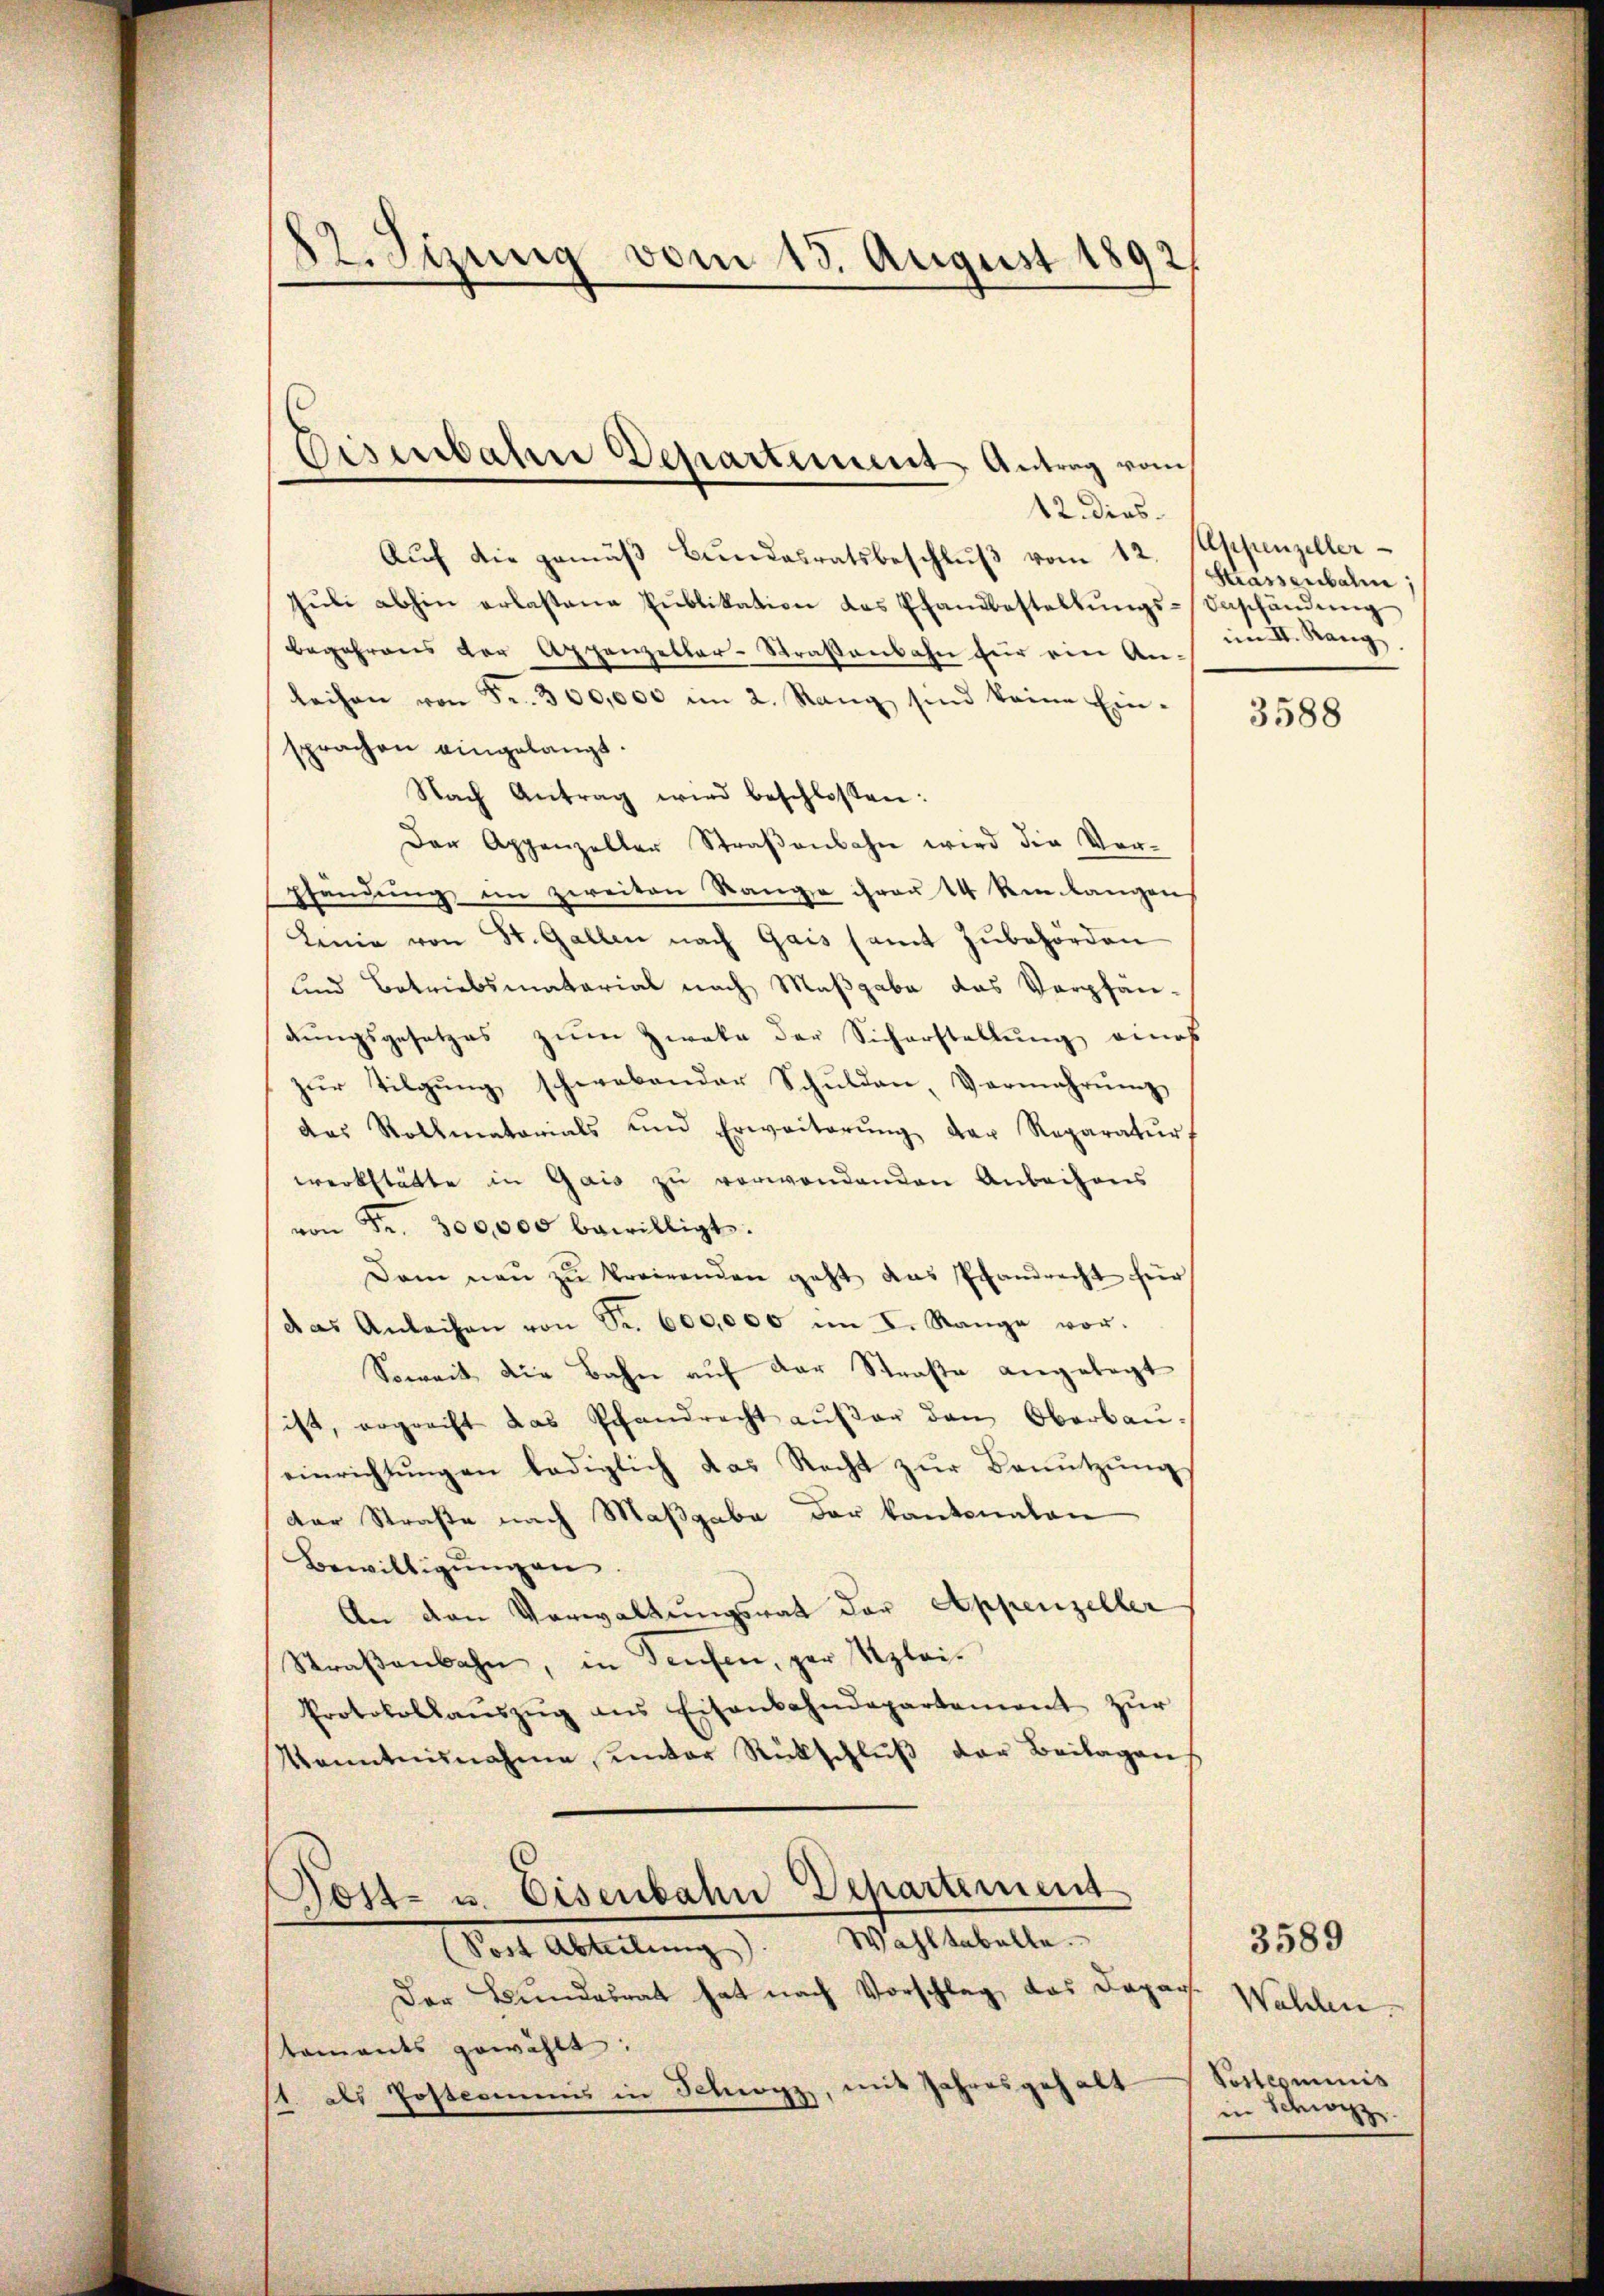
82. Sizung vom 13. August 1892

12. dies
Aŭf die gemäβ Bŭndesratsbeschlŭβ vom 12.
Jŭli abhin erlassene Pŭblikation des Pfandbestellŭngs-Beschändŭng
begehrens der Appenzellar-Straßenbahn für ein Anleihen von Fr. 300,000 im 2. Rang sind keine Ein-
sprachen eingelangt.
Nach Antrag wird beschlossen:
Der Appenzeller Straβenbahn wird die Vor-
pfändung, im zweiten Range ihren 14 Senlangen
Lenia von St. Gallen nach Gais samt zŭbehörden
und Betriebsmaterial nach Maßgabe das Verpfän-
dungsgesetzes zum Zweke der Sicherstellung eines
zŭr Tilgung schwebender Schulden, Vermehrŭng
das Vollmatorials und Erweiterŭng der Reparatŭr
werkstätte in Gais zu verwendenden Anbachens
von Fr. 300,000 bewilligt.
Dam neŭ zŭ trairenden geht das Pfandrecht für
das Anleihen von Sr. 600,000 im I. Range vor.
Soweit die Bahn auf der Straße angelegt
sist, ergreift das Pfandrecht aŭβer den Oberbau-
einrichtungen lediglich das Recht zur Benutzungs
der Straße nach Maßgabe der kantonalen
Bewilligŭngen.
An den Verwaltungsrat der Appenzeller
Straβenbahn, in Teufen, der Klei¬
Protokollanszŭg ans Eisenbahndepartement zŭr
Kenntnisnahme, unter Rückschluß der Beilagen
Post- u. Eisenbahn Departement
Sost Abteilŭng. Wahltabelle.
Der Bundesrat hat nach Vorschlag, das Dapag. Wahlen.
taments gewählt:
1. als Postcommis in Schwyz, mit Jahresgehalt

Eisenbahne Departement Antrag vom

Appenzeller
Krassenbahn,
im II. Rang

3588

3589
Pottesminis
in Schwyz.